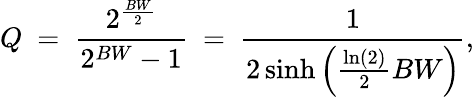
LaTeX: Q\ =\ {\frac{2^{\frac{BW}{2}}}{2^{BW}-1}}\ =\ {\frac{1}{2\sinh\left({\frac{\ln(2)}{2}}BW\right)}},